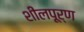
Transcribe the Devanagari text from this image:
शीलपूर्ण